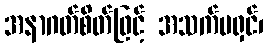
အနာဂတ်စိတ်ဖြင့် အသက်မရှင်၊